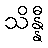
သိန္နီ